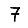
Digit: 7